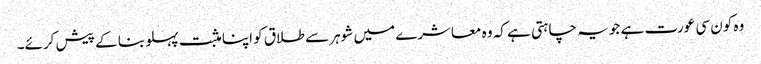
وہ کون سی عورت ہے جو یہ چاہتی ہے کہ وہ معاشرے میں شوہر سے طلاق کو اپنا مثبت پہلو بنا کے پیش کرئے۔